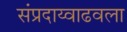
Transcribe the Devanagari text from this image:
संप्रदाय्वाढवला